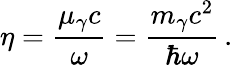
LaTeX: \eta=\frac{\mu_{\gamma}c}{\omega}=\frac{m_{\gamma}c^{2}}{\hbar\omega}\, .